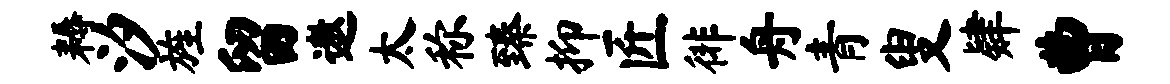
耨汐旌留遨太称臻抑匠徘舟青叟肄曹